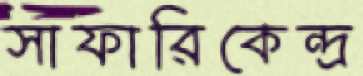
সাফারিকেন্দ্র